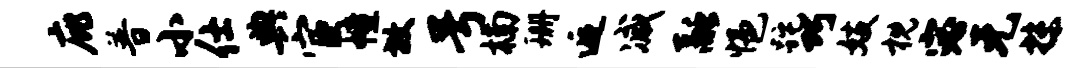
庇普小仕典宦幢放号楠珊逅减融悒跎巧妓枕宓元抹